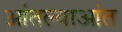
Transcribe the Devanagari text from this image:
आंतल्याआंत